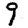
Digit: 9